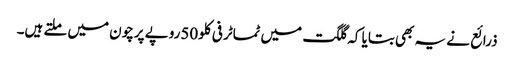
ذرائع نے یہ بھی بتایا کہ گلگت میں ٹماٹر فی کلو50روپے پرچون میں ملتے ہیں۔